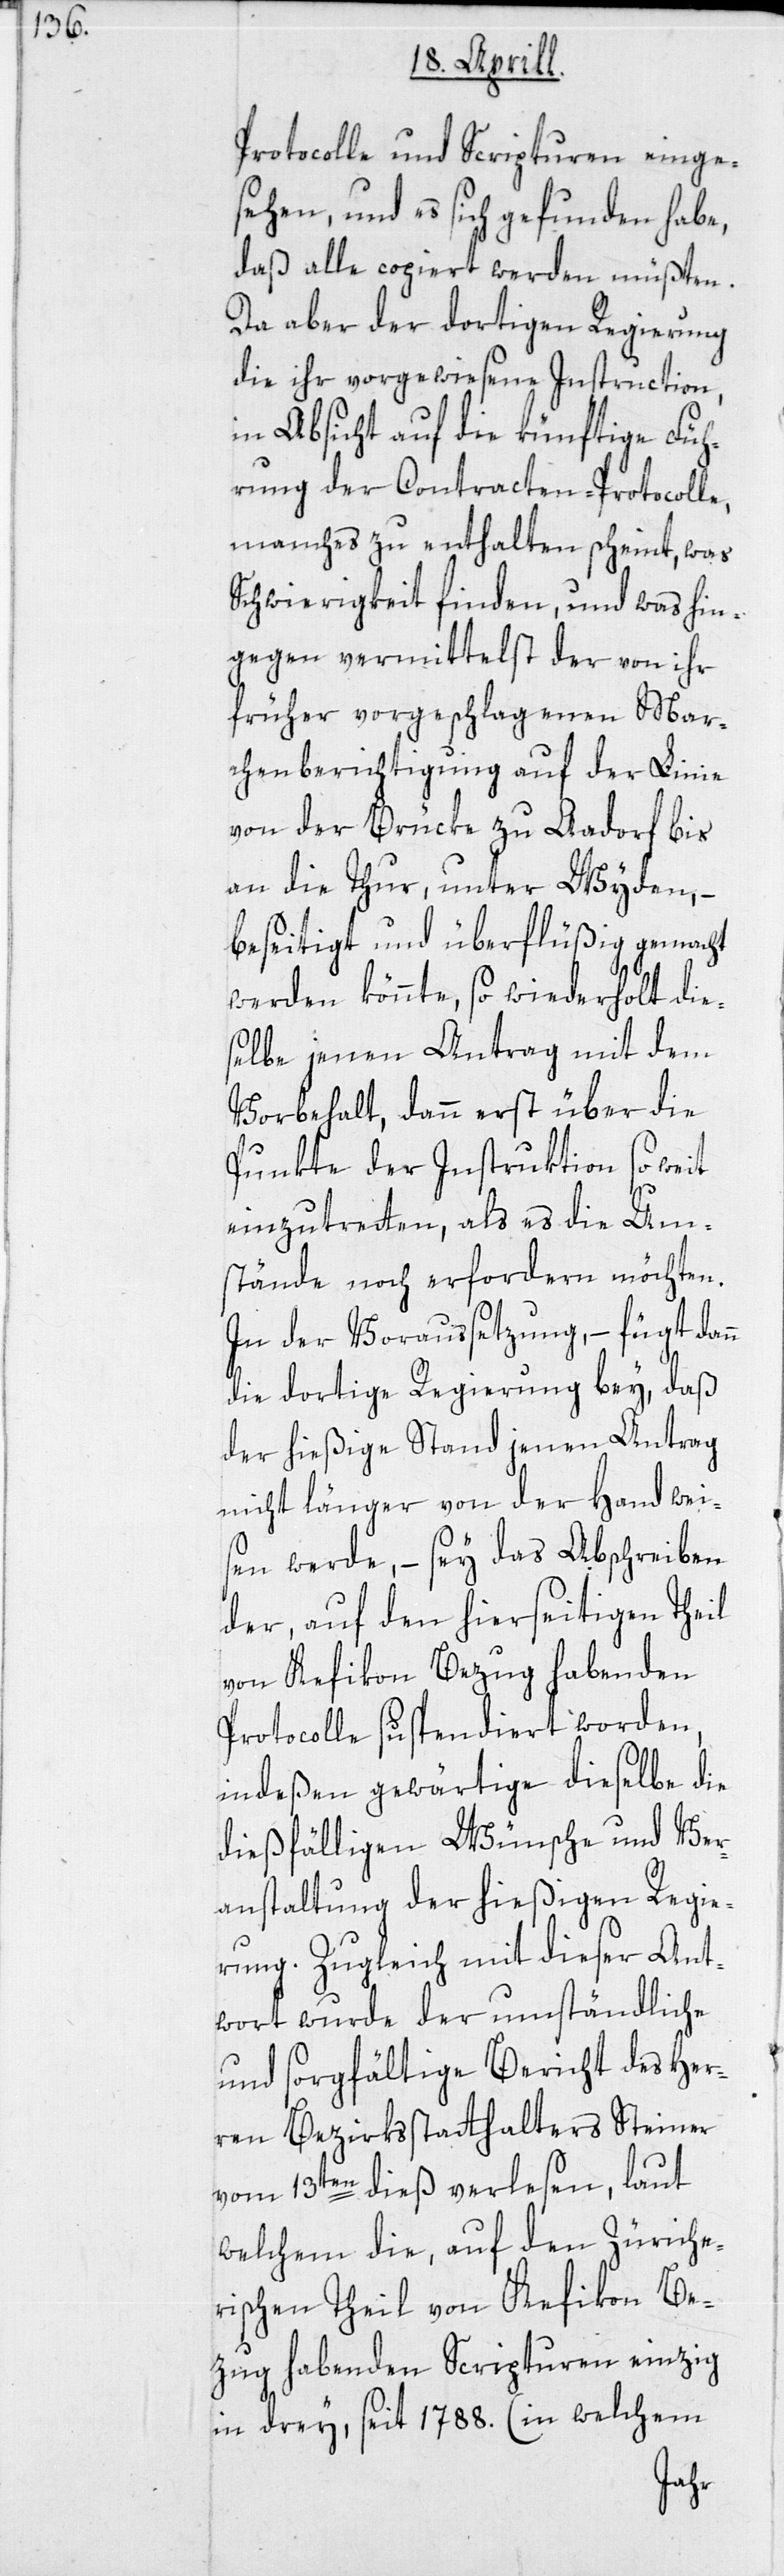
Protocolle und Scripturen einge¬
sehen, und es sich gefunden habe,
daß alle copiert werden müßten.
Da aber der dortigen Regierung
die ihr vorgewiesene Inmstruction,
in Absicht auf die künftige Füh¬
rung der Contracten-Protocolle,
manches zu enthalten scheint, was
Schwierigkeit finden, und was hin¬
gegen vermittelst der von ihr
früher vorgeschlagenen Mar¬
chenberichtigung auf der Linie
von der Brücke zu Aadorf bis
an die Thur, unter Wyden, –
beseitigt und überflüßig gemacht
werden könnte, so wiederholt die¬
selbe jenen Antrag mit dem
Vorbehalt, dann erst über die
Punkte der Instruktion so weit
einzutretten, als es die Um¬
stände noch erfordern möchten.
In der Voraussetzung, – fügt dann
die dortige Regierung bey, daß
der hießige Stand jenen Antrag
nicht länger von der Hand wei¬
sen werde, – sey das Abschreiben
der, auf den hierseitigen Theil
von Kefikon Bezug habenden
Protocolle suspendiert worden,
indeßen gewärtige dieselbe die
dießfälligen Wünsche und Ver¬
anstaltung der hießigen Regie¬
rung. Zugleich mit dieser Ant¬
wort wurde der umständliche
und sorgfältige Bericht des Her¬
ren Bezirksstatthalters Steiner
vom 13ten dieß verlesen, laut
welchem die, auf den Züriche¬
rischen Theil von Kefikon Be¬
zug habenden Scripturen einzig
in drey, seit 1788. (in welchem